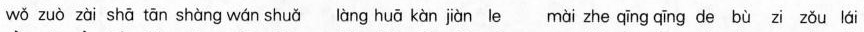
wǒ zuò zài shā tān shàng wán shuǎ òng huā kàn jiàn le mài zhe qīng qīng de bù zi zǒu lái